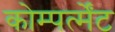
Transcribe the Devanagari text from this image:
कोम्पर्त्मेंट